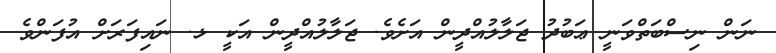
ނަން ނިސްބަތްވަނީ ޢަބުދު ޖަލާލުއްދީން އަށެވެ. ޖަލާލުއްދީން އަކީ ޅ. ނައިފަރަށް އުފަންވެ